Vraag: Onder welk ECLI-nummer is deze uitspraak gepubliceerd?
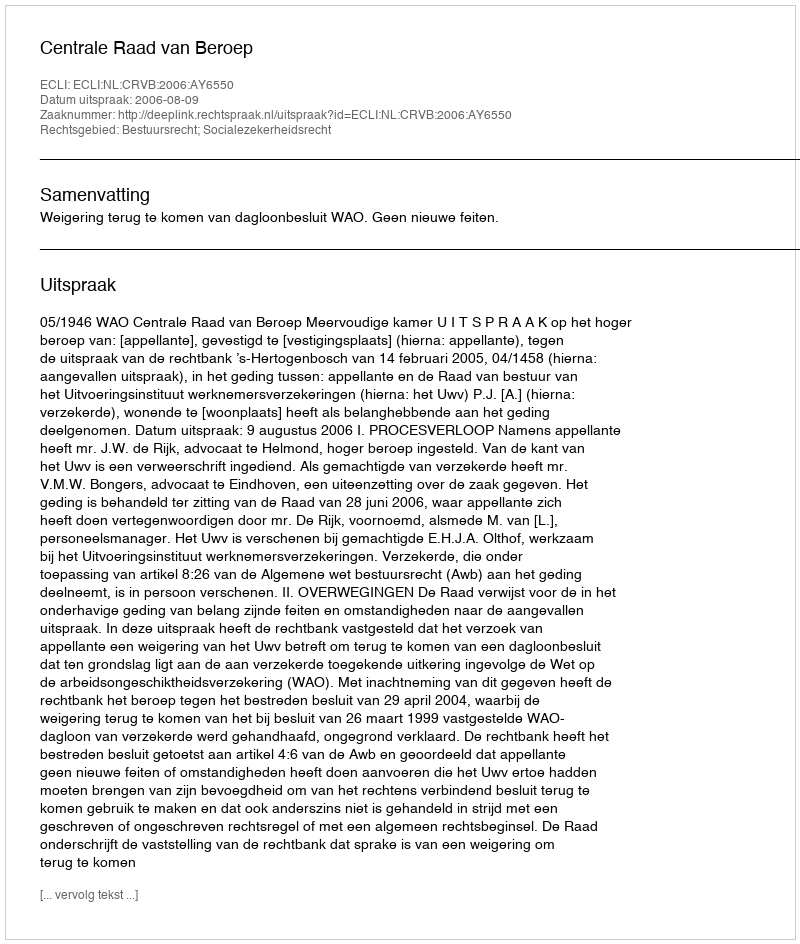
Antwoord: ECLI:NL:CRVB:2006:AY6550